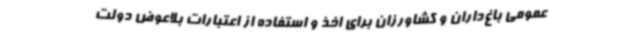
عمومی باغ‌داران و کشاورزان برای اخذ و استفاده از اعتبارات بلاعوض دولت